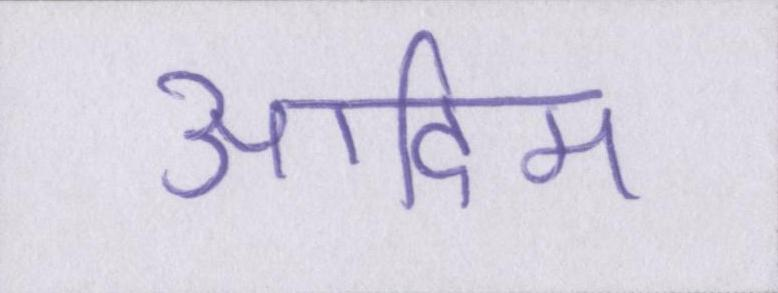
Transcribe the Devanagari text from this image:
आदिम